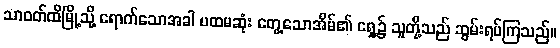
သာဝတ်ထိမြို့သို့ ရောက်သောအခါ ပထမဆုံး တွေ့သောအိမ်၏ ရှေ့၌ သူတို့သည် ဆွမ်းရပ်ကြသည်။